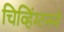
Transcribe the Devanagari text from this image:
चिव्हिंग्टनने